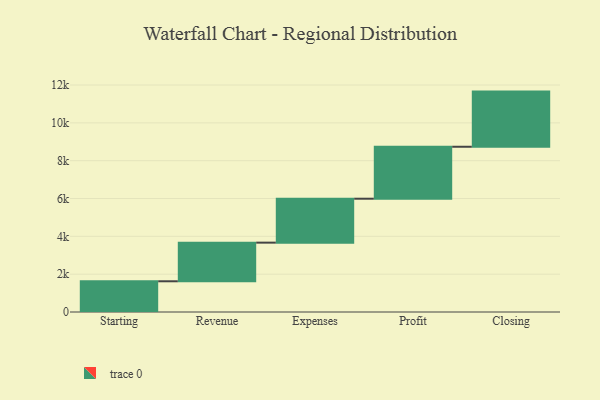
{"axis": {"x": "Step", "y": "Value"}, "legend": [""], "data": [{"x": "Starting", "y": 1624.0, "type": ""}, {"x": "Revenue", "y": 2043.0, "type": ""}, {"x": "Expenses", "y": 2323.0, "type": ""}, {"x": "Profit", "y": 2747.0, "type": ""}, {"x": "Closing", "y": 2916.0, "type": ""}]}